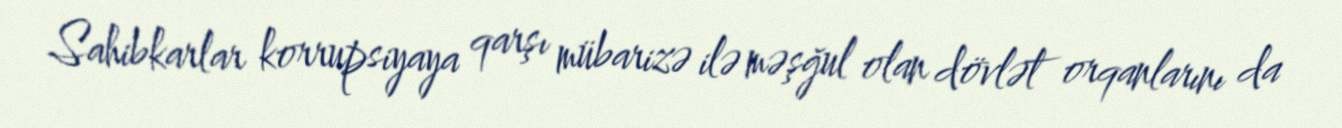
Sahibkarlar korrupsiyaya qarşı mübarizə ilə məşğul olan dövlət orqanlarını da